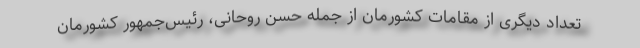
تعداد دیگری از مقامات کشورمان از جمله حسن روحانی، رئیس‌جمهور کشورمان